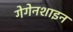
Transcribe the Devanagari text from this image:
गेगेनशाइन